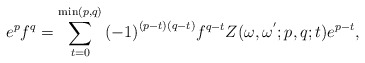
\begin{align*}{e^p}{f^q} = \sum\limits_{t = 0}^{\min (p,q)} {{{( - 1)}^{(p - t)(q - t)}}} {f^{q - t}}Z(\omega ,{\omega ^{'}};p,q;t){e^{p - t}},\end{align*}